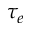
\tau _ { e }